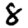
Digit: 8